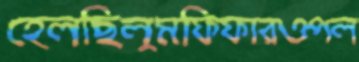
হেলছিলুমফিফারওপল